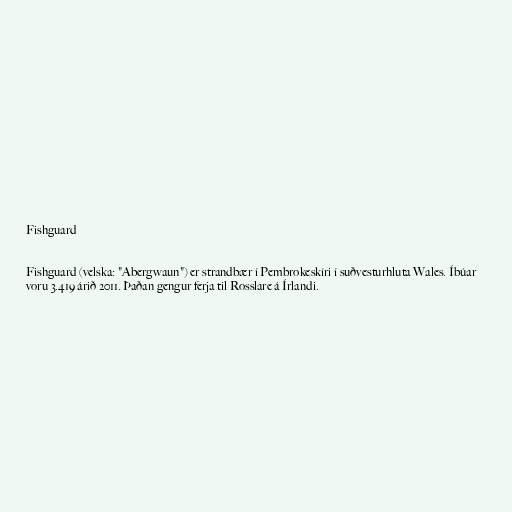
Fishguard

Fishguard (velska: "Abergwaun") er strandbær í Pembrokeskíri í suðvesturhluta Wales. Íbúar
voru 3.419 árið 2011. Þaðan gengur ferja til Rosslare á Írlandi.